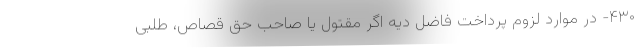
۴۳۰- در موارد لزوم پرداخت فاضل دیه اگر مقتول یا صاحب حق قصاص، طلبی